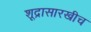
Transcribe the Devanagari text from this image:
शूद्रासारखीच